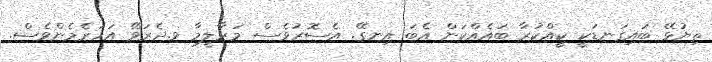
ތިޔުޅޭ ބައިގަނޑަކީ ކީއްކުރާ ބައެއްކަން އެބަ އިނގޭ. އެސޮރުވެސް މަރާލީމާ ވ.ދެރަވޭ އަހަރެމެންވެސް.